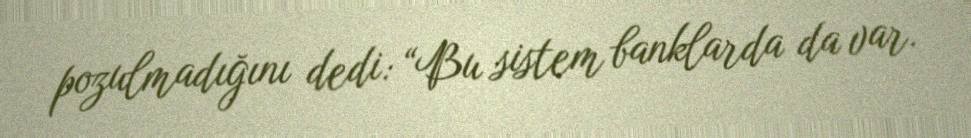
pozulmadığını dedi: “Bu sistem banklarda da var.